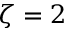
\zeta = 2